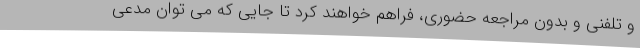
و تلفنی و بدون مراجعه حضوری، فراهم خواهند کرد تا جایی که می توان مدعی